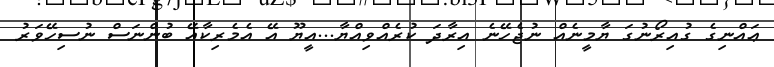
ޢައްނިގެ ގުއިރޯނުގަ ޔާމީނެއް ނުޖެހޭނެ އިރާދަ ކުރެއްވިއްޔާ...އީޔޫ އޭ އެމެރިކާއޭ ބުންނަސް ނުސިހޭވަރު